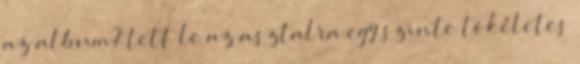
az album? tett le az asztalra egy szinte tökéletes